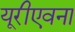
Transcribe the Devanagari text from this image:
यूरीएवना